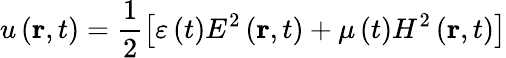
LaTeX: u\left(\mathbf{r},t\right)=\frac{1}{2}\left[\varepsilon\left(t\right)E^{2}\left(\mathbf{r},t\right)+\mu\left(t\right)H^{2}\left(\mathbf{r},t\right)\right]